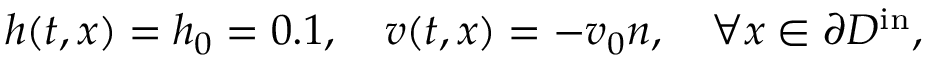
h ( t , \boldsymbol { x } ) = h _ { 0 } = 0 . 1 , \quad \boldsymbol { v } ( t , \boldsymbol { x } ) = - v _ { 0 } \boldsymbol { n } , \quad \forall \boldsymbol { x } \in \partial D ^ { \mathrm { i n } } ,